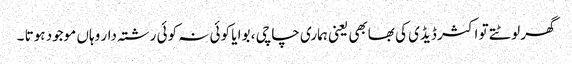
گھر لوٹتے تو اکثر ڈیڈی کی بھابھی یعنی ہماری چاچی ، بوا یا کوئی نہ کوئی رشتہ دار وہاں موجود ہوتا ۔